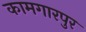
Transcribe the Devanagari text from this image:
कामगारपुर